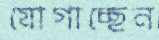
যোগাচ্ছেন